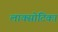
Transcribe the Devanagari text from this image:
लाक्सोटिका